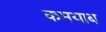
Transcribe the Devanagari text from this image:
कमयाब